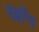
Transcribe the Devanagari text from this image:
खाँन